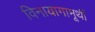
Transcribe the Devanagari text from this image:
विनायागामूर्थी